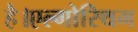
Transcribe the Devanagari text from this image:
है।एल्गोरिथम